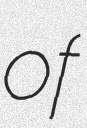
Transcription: of